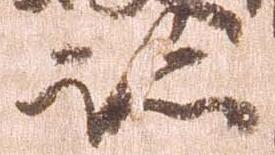
跡